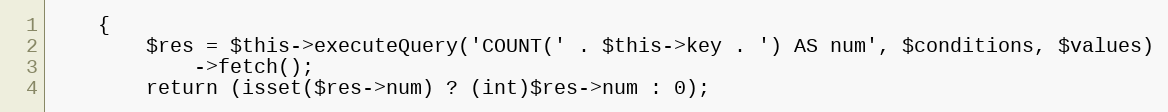
Language: PHP
    {
        $res = $this->executeQuery('COUNT(' . $this->key . ') AS num', $conditions, $values)
            ->fetch();
        return (isset($res->num) ? (int)$res->num : 0);